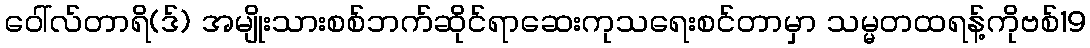
ဝေါ်လ်တာရိ(ဒ်) အမျိုးသားစစ်ဘက်ဆိုင်ရာဆေးကုသရေးစင်တာမှာ သမ္မတထရန့်ကိုဗစ်19